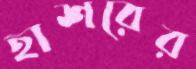
হাশরের